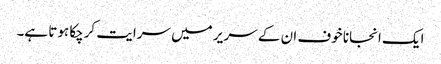
ایک انجانا خوف ان کے سر یر میں سرایت کرچکا ہوتا ہے۔